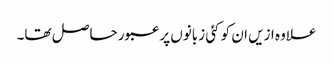
علاوہ ازیں ان کو کئی زبانوں پر عبور حاصل تھا۔